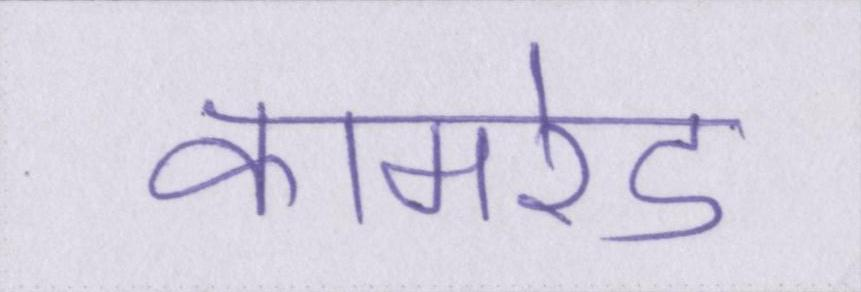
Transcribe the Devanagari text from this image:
कामरेड